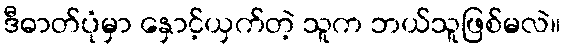
ဒီဓာတ်ပုံမှာ နှောင့်ယှက်တဲ့ သူက ဘယ်သူဖြစ်မလဲ။